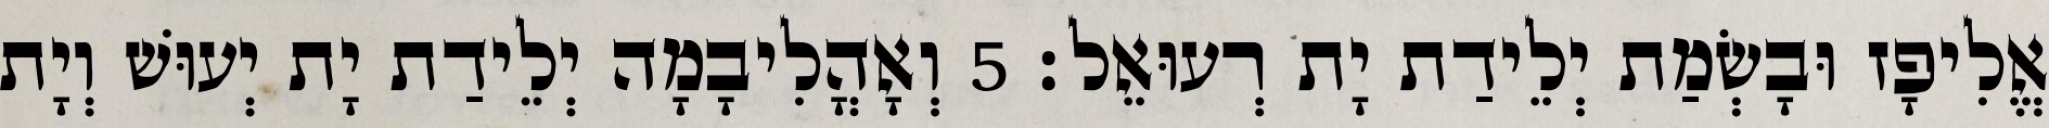
אֱלִיפָז וּבָשְׂמַת יְלֵידַת יָת רְעוּאֵל׃ 5 וְאָהֳלִיבָמָה יְלֵידַת יָת יְעוּשׁ וְיָת